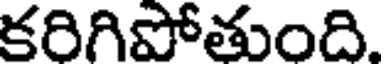
కరిగిపోతుంది.